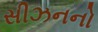
સીઝનનો